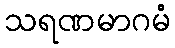
သရဏမာဂမံ